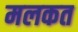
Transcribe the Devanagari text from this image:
मलकत